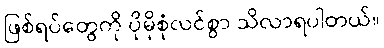
ဖြစ်ရပ်တွေကို ပိုမိုစုံလင်စွာ သိလာရပါတယ်။